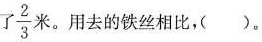
$$\frac{2}{3}$$ 米。用去的铁丝相比，( )。